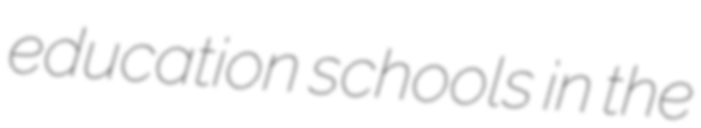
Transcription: education schools in the